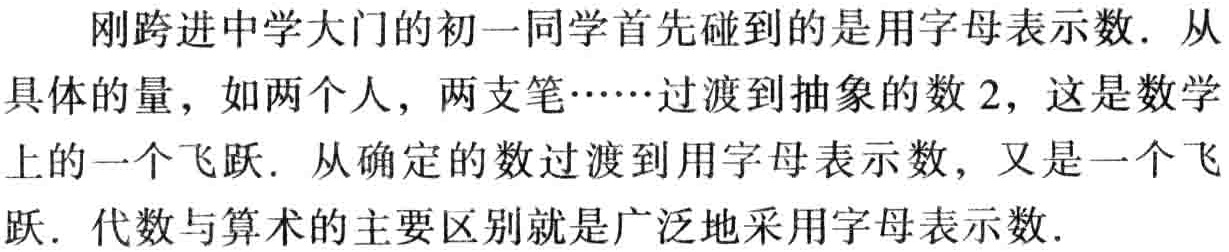
刚跨进中学大门的初一同学首先碰到的是用字母表示数. 从具体的量，如两个人，两支笔……过渡到抽象的数 2，这是数学上的一个飞跃. 从确定的数过渡到用字母表示数，又是一个飞跃. 代数与算术的主要区别就是广泛地采用字母表示数.